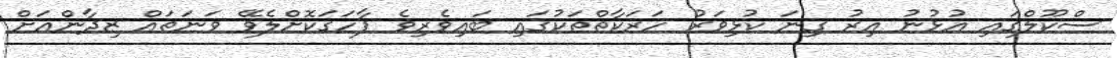
ސްކޫލްގައި އުޅުނު އިރު ގިނަ ކުޅިވަރު ހަރަކާތްތަކުގައި ބައިވެރިވެ ފާހަގަކޮށްލެވޭ ވަނަތައް ޒިދާންއަށް